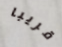
قريبا